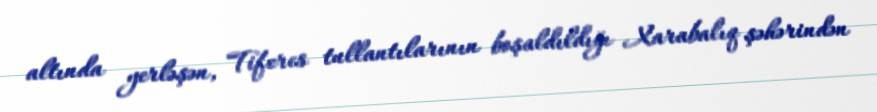
altında yerləşən, Tiferes tullantılarının boşaldıldığı Xarabalıq şəhərindən